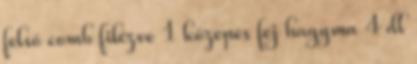
felső comb filézve 1 közepes fej hagyma 4 dl